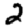
Digit: 2